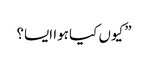
” کیوں کیا ہوا ایسا؟